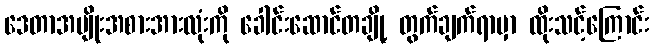
ဒေတာအမျိုးအစားအားလုံးကို ခေါင်းဆောင်တချို့ တွက်ချက်ရာမှာ ထိုးသင့်ကြောင်း